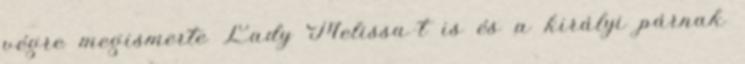
végre megismerte Lady Melissa-t is és a királyi párnak